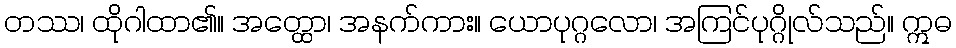
တဿ၊ ထိုဂါထာ၏။ အတ္ထော၊ အနက်ကား။ ယောပုဂ္ဂလော၊ အကြင်ပုဂ္ဂိုလ်သည်။ ဣဓ